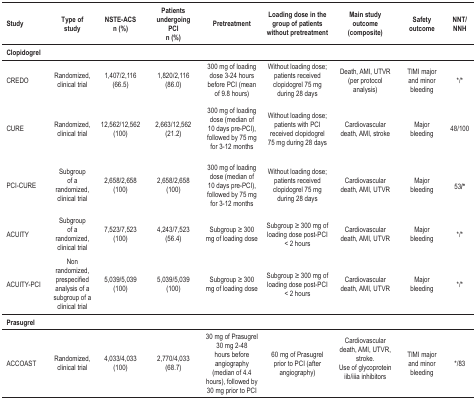
<table><thead><tr><td><b>Study</b></td><td><b>Type of study</b></td><td><b>NSTE-ACS n (%)</b></td><td><b>Patients undergoing PCI n (%)</b></td><td><b>Pretreatment</b></td><td><b>Loading dose in the group of patientswithout pretreatment</b></td><td><b>Main study outcome (composite)</b></td><td><b>Safety outcome</b></td><td><b>NNT/ NNH</b></td></tr><tr><td><b>Clopidogrel</b></td><td>[EMPTY_CELL]</td><td>[EMPTY_CELL]</td><td>[EMPTY_CELL]</td><td>[EMPTY_CELL]</td><td>[EMPTY_CELL]</td><td>[EMPTY_CELL]</td><td>[EMPTY_CELL]</td><td>[EMPTY_CELL]</td></tr></thead><tbody><tr><td>CREDO</td><td>Randomized, clinical trial</td><td>1,407/2,116 (66.5)</td><td>1,820/2,116 (86.0)</td><td>300 mg of loading dose 3-24 hours before PCI(mean of 9.8 hours)</td><td>Without loading dose; patients receivedclopidogrel 75 mg during 28 days</td><td>Death, AMI, UTVR (per protocol analysis)</td><td>TIMI major and minor bleeding</td><td>*/*</td></tr><tr><td>CURE</td><td>Randomized, clinical trial</td><td>12,562/12,562 (100)</td><td>2,663/12,562 (21.2)</td><td>300 mg of loading dose (median of 10 dayspre-PCI), followed by 75 mg for 3-12 months</td><td>Without loading dose; patients with PCI receivedclopidogrel 75 mg during 28 days</td><td>Cardiovascular death, AMI, stroke</td><td>Major bleeding</td><td>48/100</td></tr><tr><td>PCI-CURE</td><td>Subgroup of a randomized, clinical trial</td><td>2,658/2,658 (100)</td><td>2,658/2,658 (100)</td><td>300 mg of loading dose (median of 10 dayspre-PCI), followed by 75 mg for 3-12 months</td><td>Without loading dose; patients receivedclopidogrel 75 mg during 28 days</td><td>Cardiovascular death, AMI, UTVR</td><td>Major bleeding</td><td>53/*</td></tr><tr><td>ACUITY</td><td>Subgroup of a randomized, clinical trial</td><td>7,523/7,523 (100)</td><td>4,243/7,523 (56.4)</td><td>Subgroup ≥ 300 mg of loading dose</td><td>Subgroup ≥ 300 mg of loading dose post-PCI&lt; 2 hours</td><td>Cardiovascular death, AMI, UTVR</td><td>Major bleeding</td><td>*/*</td></tr><tr><td>ACUITY-PCI</td><td>Non randomized, prespecified analysis of asubgroup of a clinical trial</td><td>5,039/5,039 (100)</td><td>5,039/5,039 (100)</td><td>Subgroup ≥ 300 mg of loading dose</td><td>Subgroup ≥ 300 mg of loading dose post-PCI&lt; 2 hours</td><td>Cardiovascular death, AMI, UTVR</td><td>Major bleeding</td><td>*/*</td></tr><tr><td><b>Prasugrel</b></td><td>[EMPTY_CELL]</td><td>[EMPTY_CELL]</td><td>[EMPTY_CELL]</td><td>[EMPTY_CELL]</td><td>[EMPTY_CELL]</td><td>[EMPTY_CELL]</td><td>[EMPTY_CELL]</td><td>[EMPTY_CELL]</td></tr><tr><td>ACCOAST</td><td>Randomized, clinical trial</td><td>4,033/4,033 (100)</td><td>2,770/4,033 (68.7)</td><td>30 mg of Prasugrel 30 mg 2-48 hours beforeangiography (median of 4.4 hours), followed by 30 mg prior toPCI</td><td>60 mg of Prasugrel prior to PCI (afterangiography)</td><td>Cardiovascular death, AMI, UTVR, stroke. Use ofglycoprotein iib/iiia inhibitors</td><td>TIMI major and minor bleeding</td><td>*/83</td></tr></tbody></table>